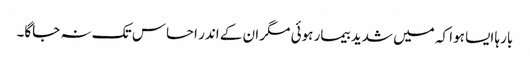
بارہا ایسا ہوا کہ میں شدید بیمار ہوئی مگر ان کے اندر احساس تک نہ جاگا۔